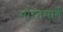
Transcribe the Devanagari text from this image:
भारतमार्गे